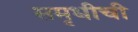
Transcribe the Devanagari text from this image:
समृधीची